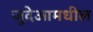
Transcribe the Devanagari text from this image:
जुदेआमधील